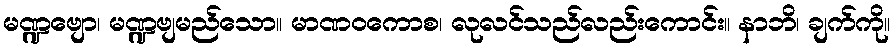
မဏ္ဍဗျော၊ မဏ္ဍဗျမည်သော။ မာဏဝကောစ၊ လုလင်သည်လည်းကောင်း။ နာဘိ၊ ချက်ကို။